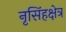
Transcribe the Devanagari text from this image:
नृसिंहक्षेत्र